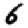
Digit: 6